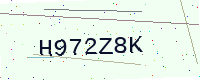
Text: H972Z8K